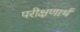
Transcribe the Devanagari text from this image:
परीक्षणार्थ